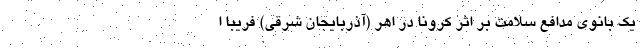
یک بانوی مدافع سلامت بر اثر کرونا در اهر (آذربایجان شرقی) فریبا ا